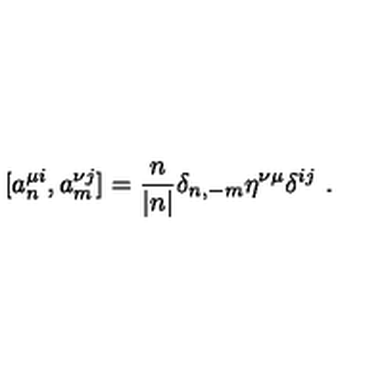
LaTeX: [ a _ { n } ^ { \mu i } , a _ { m } ^ { \nu j } ] = \frac { n } { | n | } \delta _ { n , - m } \eta ^ { \nu \mu } \delta ^ { i j } \ .